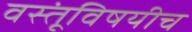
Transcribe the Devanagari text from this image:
वस्तूंविषयीच